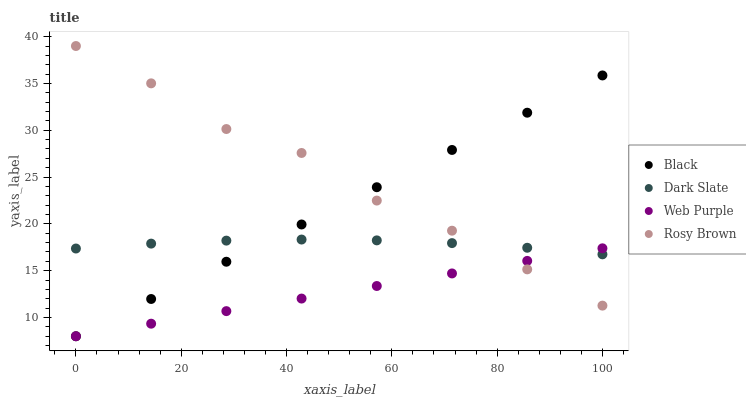
| xaxis_label | Black | Dark Slate | Web Purple | Rosy Brown |
 | --- | --- | --- | --- | --- |
 | 0 | 8 | 17.4 | 8 | 39 |
 | 14.3 | 12 | 17.9 | 9.34 | 35 |
 | 28.6 | 16 | 18.2 | 10.7 | 30.1 |
 | 42.9 | 19.9 | 18.3 | 12 | 27.6 |
 | 57.1 | 23.9 | 18.2 | 13.4 | 22.5 |
 | 71.4 | 27.9 | 17.9 | 14.7 | 19.3 |
 | 85.7 | 31.9 | 17.5 | 16.1 | 15.1 |
 | 100 | 35.9 | 16.8 | 17.4 | 11.3 |